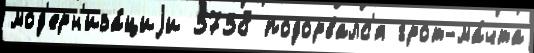
мод'ерн'иза́циjи 3738 подорвалс'я грот-ма́чта